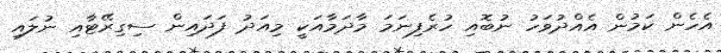
އެހެން ކަމުން އެއްދުވަހު ނުބޮއި ހުރެފިނަމަ މާދަމާއަކީ މިއަދު ފަދައިން ސިގިރޭޓާއި ނުލައި